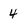
Character: 4